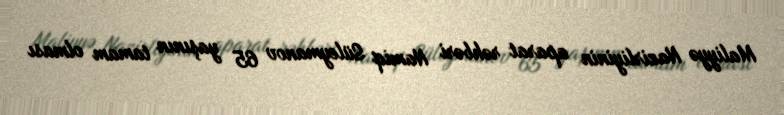
Maliyyə Nazirliyinin aparat rəhbəri Namiq Süleymanov 65 yaşının tamam olması